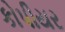
કોપીયર